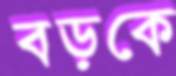
বড়কে